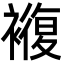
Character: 𮖵